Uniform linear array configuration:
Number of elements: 4
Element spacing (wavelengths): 0.75
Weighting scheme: blackman
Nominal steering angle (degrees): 15
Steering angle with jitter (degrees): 15.137
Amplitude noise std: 0.05
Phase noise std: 0.05

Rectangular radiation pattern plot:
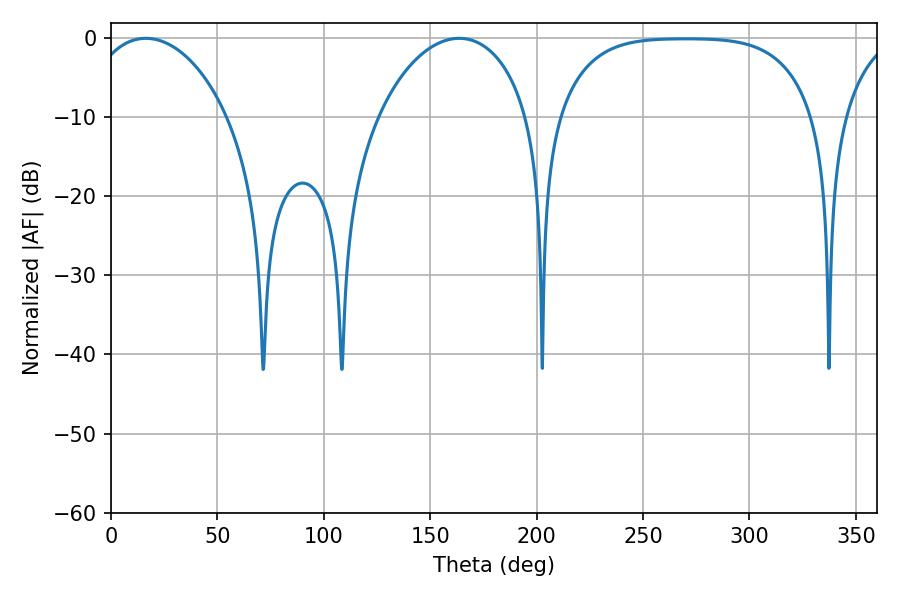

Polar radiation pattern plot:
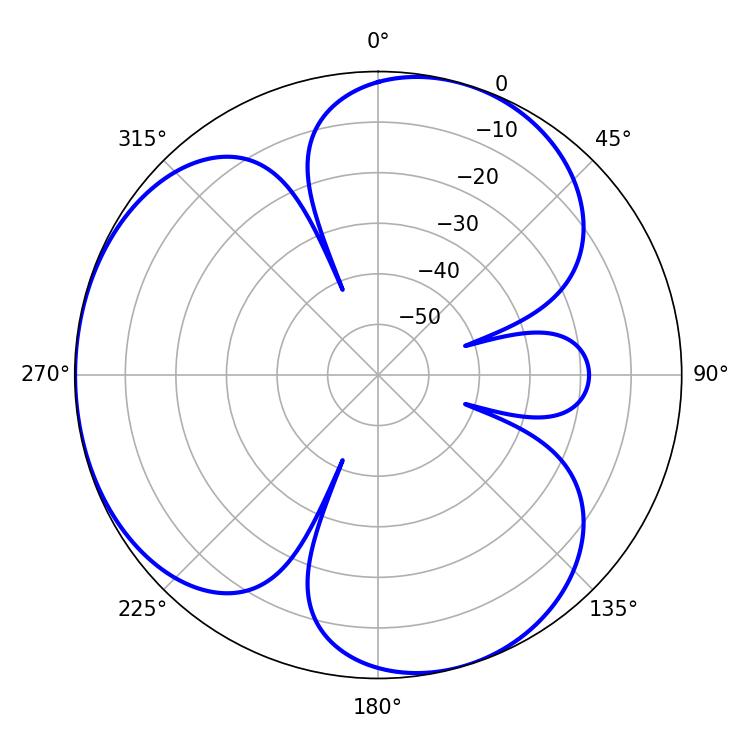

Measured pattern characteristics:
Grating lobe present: TRUE
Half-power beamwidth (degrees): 37.8
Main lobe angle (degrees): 16.38